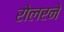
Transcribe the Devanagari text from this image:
रोलरने